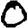
Digit: 0